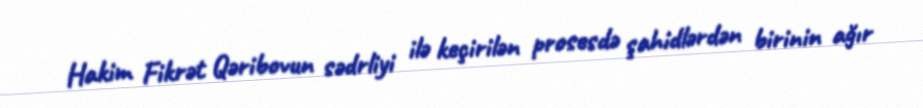
Hakim Fikrət Qəribovun sədrliyi ilə keçirilən prosesdə şahidlərdən birinin ağır